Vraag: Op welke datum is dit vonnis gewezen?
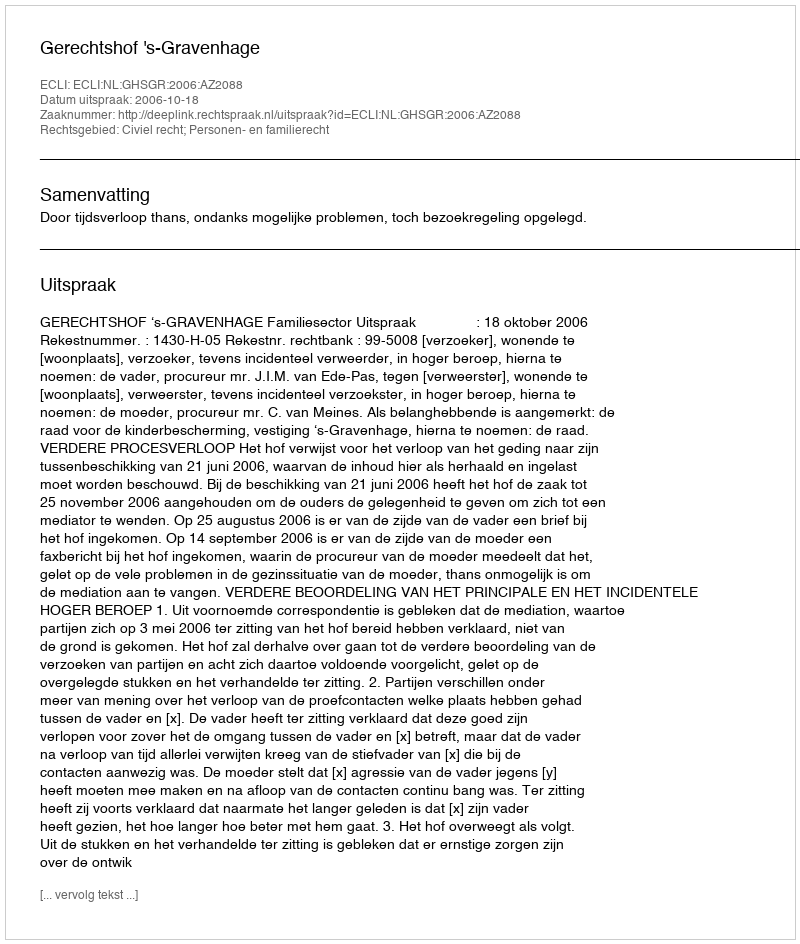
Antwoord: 2006-10-18